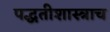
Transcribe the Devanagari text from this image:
पद्धतीशास्त्राच